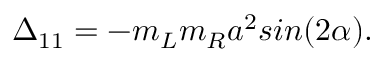
\Delta _ { 1 1 } = - m _ { L } m _ { R } a ^ { 2 } s i n ( 2 \alpha ) .